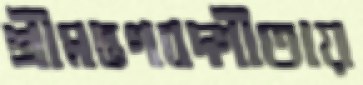
শ্রীমদ্ভগবদ্গীতায়